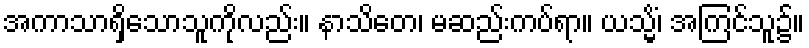
အကာသာရှိသောသူကိုလည်း။ နာသိတေ၊ မဆည်းကပ်ရာ။ ယသ္မိံ၊ အကြင်သူ၌။